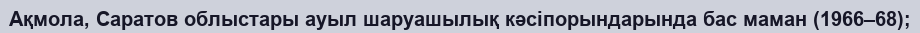
Ақмола, Саратов облыстары ауыл шаруашылық кәсіпорындарында бас маман (1966–68);